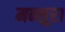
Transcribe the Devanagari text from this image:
मन्सूरा